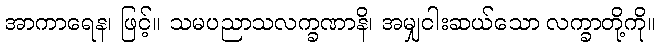
အာကာရေန၊ ဖြင့်။ သမပညာသလက္ခဏာနိ၊ အမျှငါးဆယ်သော လက္ခာတို့ကို။